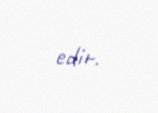
edir.